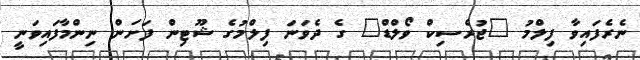
ނެރެފައިވާ ފިލްމު "ޖުރެސިކް ވޯލްޑް" ގެ ދެވަނަ ފިލްމުގެ ޝޫޓިން ފަށަން ނިންމާފައިވަނީ